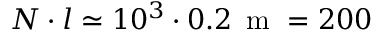
N \cdot l \simeq 1 0 ^ { 3 } \cdot 0 . 2 \, \mathrm { ~ m ~ } = 2 0 0